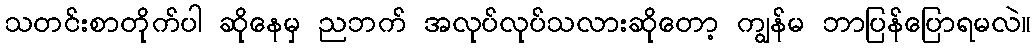
သတင်းစာတိုက်ပါ ဆိုနေမှ ညဘက် အလုပ်လုပ်သလားဆိုတော့ ကျွန်မ ဘာပြန်ပြောရမလဲ။